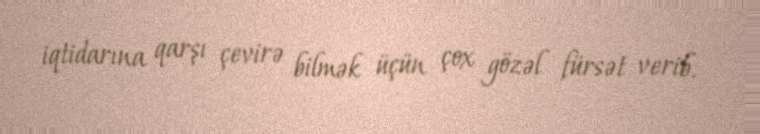
iqtidarına qarşı çevirə bilmək üçün çox gözəl fürsət verib.